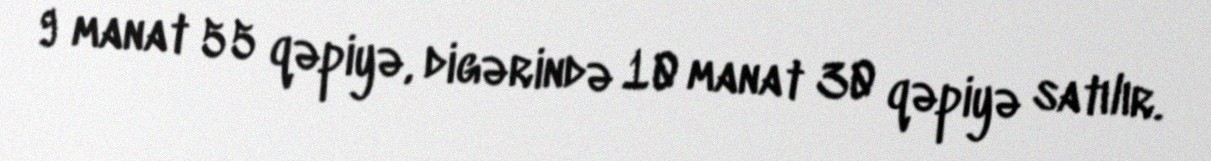
9 manat 55 qəpiyə, digərində 10 manat 30 qəpiyə satılır.